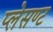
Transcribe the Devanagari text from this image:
प्लेसण्ट